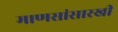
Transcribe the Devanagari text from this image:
माणसांसारखी